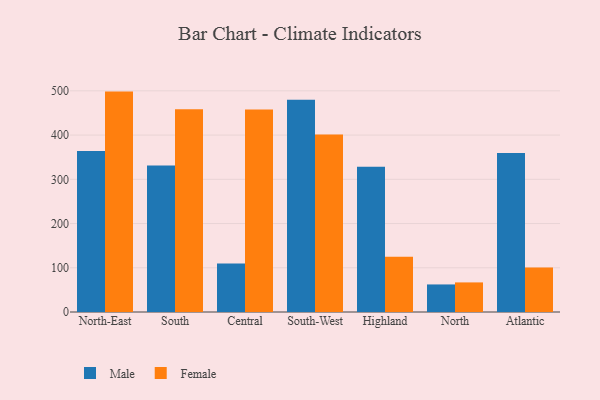
{"axis": {"x": "Region", "y": "LTV (USD)"}, "legend": ["Female", "Male"], "data": [{"x": "North-East", "y": 363.8, "type": "Male"}, {"x": "North-East", "y": 498.3, "type": "Female"}, {"x": "South", "y": 331.5, "type": "Male"}, {"x": "South", "y": 458.4, "type": "Female"}, {"x": "Central", "y": 109.9, "type": "Male"}, {"x": "Central", "y": 458.0, "type": "Female"}, {"x": "South-West", "y": 479.8, "type": "Male"}, {"x": "South-West", "y": 401.5, "type": "Female"}, {"x": "Highland", "y": 328.4, "type": "Male"}, {"x": "Highland", "y": 125.1, "type": "Female"}, {"x": "North", "y": 62.3, "type": "Male"}, {"x": "North", "y": 66.9, "type": "Female"}, {"x": "Atlantic", "y": 359.2, "type": "Male"}, {"x": "Atlantic", "y": 100.4, "type": "Female"}]}